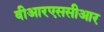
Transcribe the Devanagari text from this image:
वीआरएससीआर